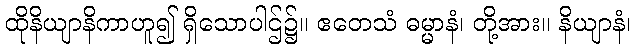
ထိုနိယျာနိကာဟူ၍ ရှိသောပါဌ်၌။ ဧတေသံ ဓမ္မာနံ၊ တို့အား။ နိယျာနံ၊